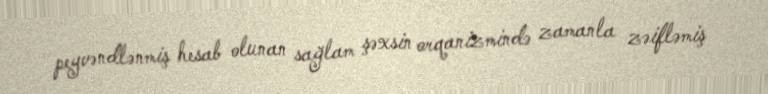
peyvəndlənmiş hesab olunan sağlam şəxsin orqanizmində zamanla zəifləmiş